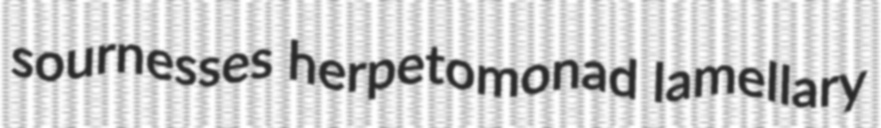
sournesses herpetomonad lamellary